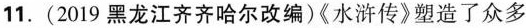
11.(2019黑龙江齐齐哈尔改编)《水浒传》塑造了众多